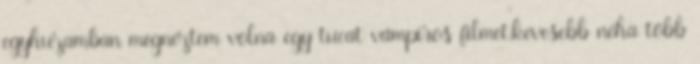
egyhuzamban megnéztem volna egy tucat vámpíros filmet.kevesebb néha több